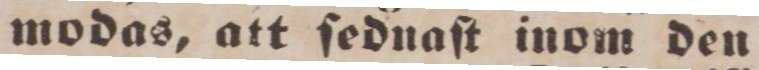
modas, att ſednaſt inom den